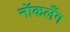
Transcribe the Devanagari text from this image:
नॉकलँग